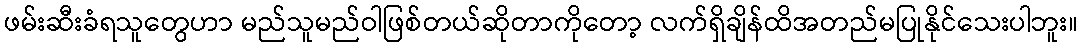
ဖမ်းဆီးခံရသူတွေဟာ မည်သူမည်ဝါဖြစ်တယ်ဆိုတာကိုတော့ လက်ရှိချိန်ထိအတည်မပြုနိုင်သေးပါဘူး။